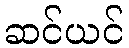
ဆင်ယင်